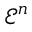
{ \mathcal { E } } ^ { n }